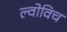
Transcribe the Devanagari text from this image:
ल्वोविच